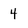
Character: 4